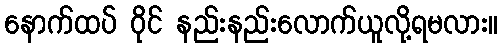
နောက်ထပ် ဝိုင် နည်းနည်းလောက်ယူလို့ရမလား။